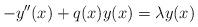
LaTeX: \begin{align*} -y''(x) + q(x)y(x) = \lambda y(x)\end{align*}